Scientific memoirs by medical officers of the Army of India - Part VI,
Year: 1891
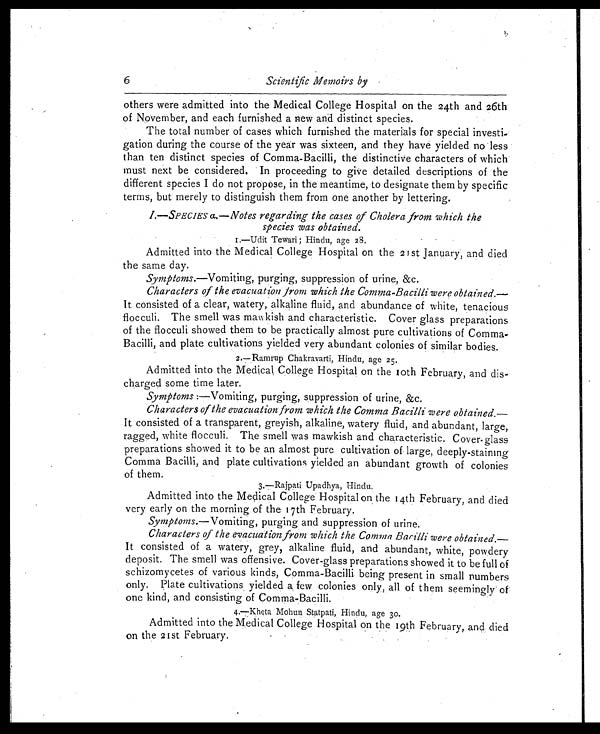
6
Scientific Memoirs by
others were admitted into the Medical College Hospital on the 24th and 26th
of November, and each furnished a new and distinct species.
The total number of cases which furnished the materials for special investi-
gation during the course of the year was sixteen, and they have yielded no less
than ten distinct species of Comma-Bacilli, the distinctive characters of which
must next be considered. In proceeding to give detailed descriptions of the
different species I do not propose, in the meantime, to designate them by specific
terms, but merely to distinguish them from one another by lettering.
I.—SPECIES a.—Notes regarding the cases of Cholera from which the
species was obtained.
I.—uditTewari; Hindu, age 28.
Admitted into the Medical College Hospital on the 21 st January, and died
the same day.
Symptoms.—Vomiting, purging, suppression of urine, &c.
Characters of the evacuation from which the Comma-Bacilli were obtained.—
It consisted of a clear, watery, alkaline fluid, and abundance of white, tenacious
flocculi. The smell was mawkish and characteristic. Cover glass preparations
of the flocculi showed them to be practically almost pure cultivations of Comma-
Bacilli, and plate cultivations yielded very abundant colonies of similar bodies.
2.-Ramrup Chakravarti, Hindu, age 25.
Admitted into the Medical College Hospital on the loth February, and dis-
charged some time later.
Symptoms :—Vomiting, purging, suppression of urine, &c.
Characters of the evacuation from which the Comma Bacilli were obtained.—
It consisted of a transparent, greyish, alkaline, watery fluid, and abundant, large,
ragged, white flocculi. The smell was mawkish and characteristic.Cover-glass
preparations showed it to be an almost pure cultivation of large, deeply-staining
Comma Bacilli, and plate cultivations yielded an abundant growth of colonies
of them.
3.—Rajpati Upadhya, Hindu.
Admitted into the Medical College Hospital on the 14th February, and died
very early on the morning of the 17th February.
Symptoms.— Vomiting, purging and suppression of urine.
Characters of the evacuation from which the Comma Bacilli were obtained.—
It consisted of a watery, grey, alkaline fluid, and abundant, white, powdery
deposit. The smell was offensive. Cover-glass preparations showed it to be full of
schizomycetes of various kinds, Comma-Bacilli being present in small numbers
only. Plate cultivations yielded a few colonies only, all of them seemingly of
one kind, and consisting of Comma-Bacilli.
4.—kheta Mohun Statpati, Hindu, age 30.
Admitted into the Medical College Hospital on the 19th February, and died
on the 21st February.